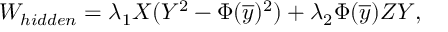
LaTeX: W _ { h i d d e n } = \lambda _ { 1 } X ( Y ^ { 2 } - \Phi ( { \overline { { y } } } ) ^ { 2 } ) + \lambda _ { 2 } \Phi ( { \overline { { y } } } ) Z Y ,